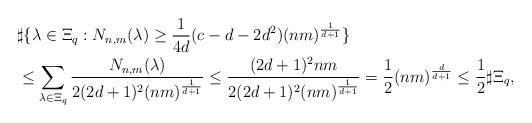
LaTeX: \begin{align*}&\sharp \{\lambda \in \Xi_q: N_{n,m}(\lambda)\ge \frac{1}{4d}(c-d-2d^2)(nm)^{\frac{1}{d+1}}\}\\&\le \sum_{\lambda\in \Xi_q} \frac{N_{n,m}(\lambda)}{2(2d+1)^2(nm)^{\frac{1}{d+1}} }\le \frac{(2d+1)^2nm}{2(2d+1)^2(nm)^{\frac{1}{d+1}} }=\frac{1}{2}(nm)^{\frac{d}{d+1}}\le \frac{1}{2}\sharp \Xi_q, \end{align*}